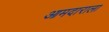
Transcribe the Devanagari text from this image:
आमदाराला